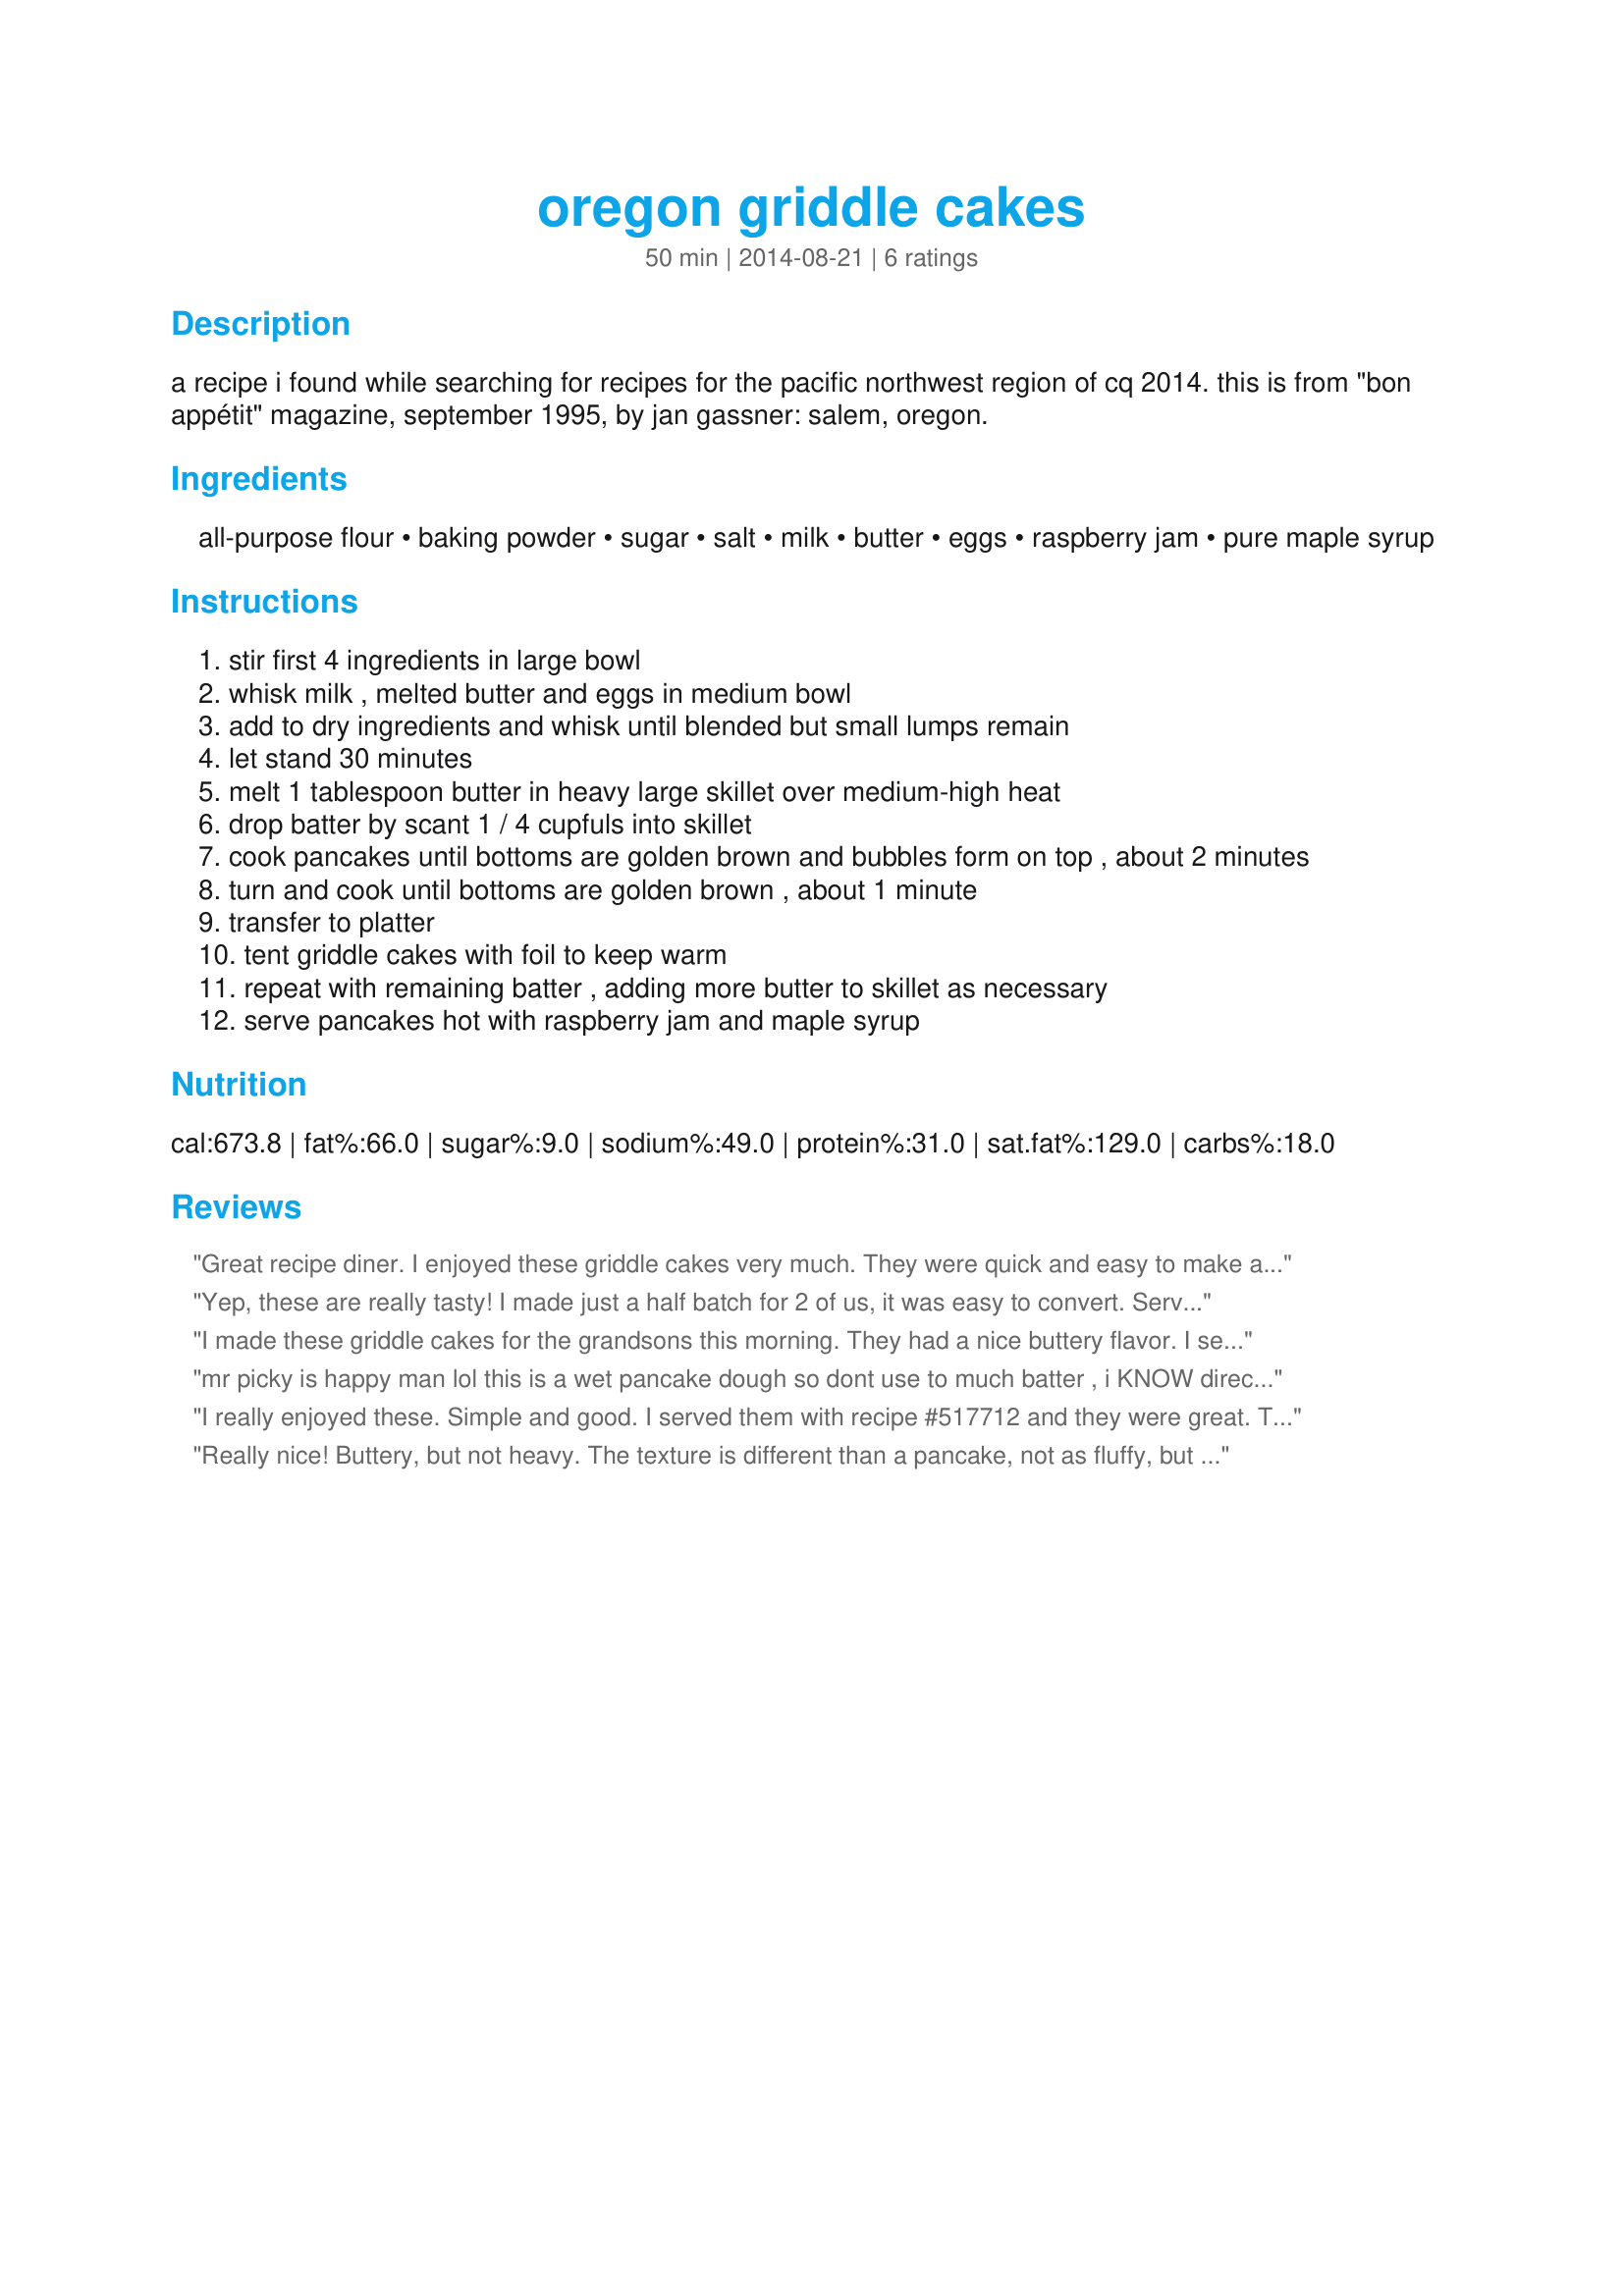
oregon griddle cakes
Preparation time: 50 minutes

a recipe i found while searching for recipes for the pacific northwest region of cq 2014. this is from "bon appétit" magazine, september 1995, by jan gassner: salem, oregon.

Ingredients:
all-purpose flour, baking powder, sugar, salt, milk, butter, eggs, raspberry jam, pure maple syrup

Steps:
stir first 4 ingredients in large bowl
whisk milk , melted butter and eggs in medium bowl
add to dry ingredients and whisk until blended but small lumps remain
let stand 30 minutes
melt 1 tablespoon butter in heavy large skillet over medium-high heat
drop batter by scant 1 / 4 cupfuls into skillet
cook pancakes until bottoms are golden brown and bubbles form on top , about 2 minutes
turn and cook until bottoms are golden brown , about 1 minute
transfer to platter
tent griddle cakes with foil to keep warm
repeat with remaining batter , adding more butter to skillet as necessary
serve pancakes hot with raspberry jam and maple syrup

Reviews:
Great recipe diner. I enjoyed these griddle cakes very much. They were quick and easy to make and tasted absolutely great. We really enjoyed them. I served them with whipped cream and roasted berry sauce for a truly decadent treat. The pancakes held up well to the toppings. I&#039;ll be making these again. Thank you so much for sharing my friend. Made for Culinary Quest - 2014 - Suitcase Gourmets.
Yep, these are really tasty! I made just a half batch for 2 of us, it was easy to convert. Served with huckleberry compote and maple syrup. Thanks for posting! Made for Culinary Quest 2014 PNW region.
I made these griddle cakes for the grandsons this morning. They had a nice buttery flavor. I served them with maple syrup. We enjoyed them very much. Made for Culinary Quest 2014.
mr picky is happy man lol this is a wet pancake dough so dont use to much batter , i KNOW directions say that lol but dont cheat cakepops on parade pnw
I really enjoyed these. Simple and good. I served them with recipe #517712 and they were great. Thanks for sharing. Made for Culinary Quest 2014.
Really nice! Buttery, but not heavy. The texture is different than a pancake, not as fluffy, but thicker than a crepe. Thanks for sharing the recipe, we really enjoyed these.
